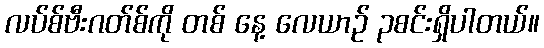
လပ်စ်ဗီးဂတ်စ်ကို တစ် နေ့ လေယာဉ် ၃စင်းရှိပါတယ်။